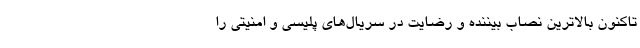
تاکنون بالاترین نصاب بیننده و رضایت در سریال‌های پلیسی و امنیتی را